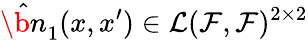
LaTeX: \hat{\b{n}}_{1}(x,x^{\prime})\in{\cal L}({\cal F},{\cal F})^{2\times 2}